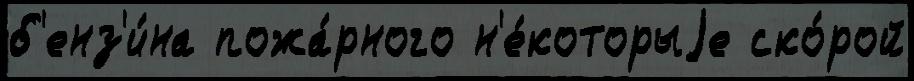
б'енз'и́на пожа́рного н'е́которыjе ско́рой